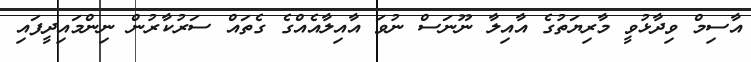
އާސިމް ވިދާޅުވީ މާރިޔަތުގެ އާއިލާ ނޫނަސް ނުވަ އާއިލާއެއްގެ ގެތައް ސަރުކާރުން ނިންމައިދީފައި